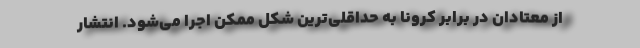
از معتادان در برابر کرونا به حداقلی‌ترین شکل ممکن اجرا می‌شود. انتشار